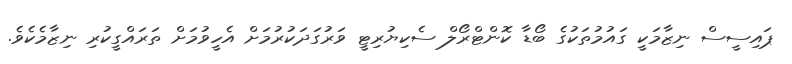
ޕައިސީސް ނިޒާމަކީ ގައުމުތަކުގެ ބޯޑާ ކޮންޓްރޯލް ސެކިޔުރިޓީ ވަރުގަދަކުރުމަށް އެހީވުމަށް ތަރައްގީކުރި ނިޒާމެކެވެ.